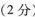
(2分)